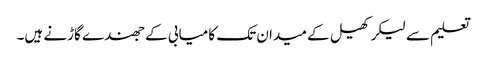
تعلیم سے لیکر کھیل کے میدان تک کامیابی کے جھندے گاڑنے ہیں۔